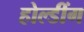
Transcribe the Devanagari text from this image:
होल्डींग